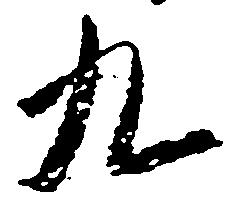
九